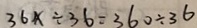
3 6 x \div 3 6 = 3 6 0 \div 3 6